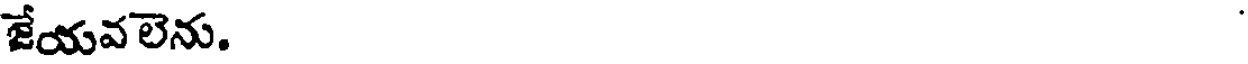
జేయవలెను.